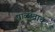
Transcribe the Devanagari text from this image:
पाळावाच